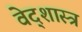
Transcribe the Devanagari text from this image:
वेद्शास्त्र